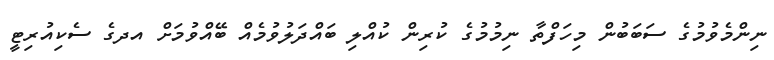
ނިންމެވުމުގެ ސަބަބުން މިހަފްތާ ނިމުމުގެ ކުރިން ކުއްލި ބައްދަލުވުމެއް ބޭއްވުމަށް އދގެ ސެކިއުރިޓީ